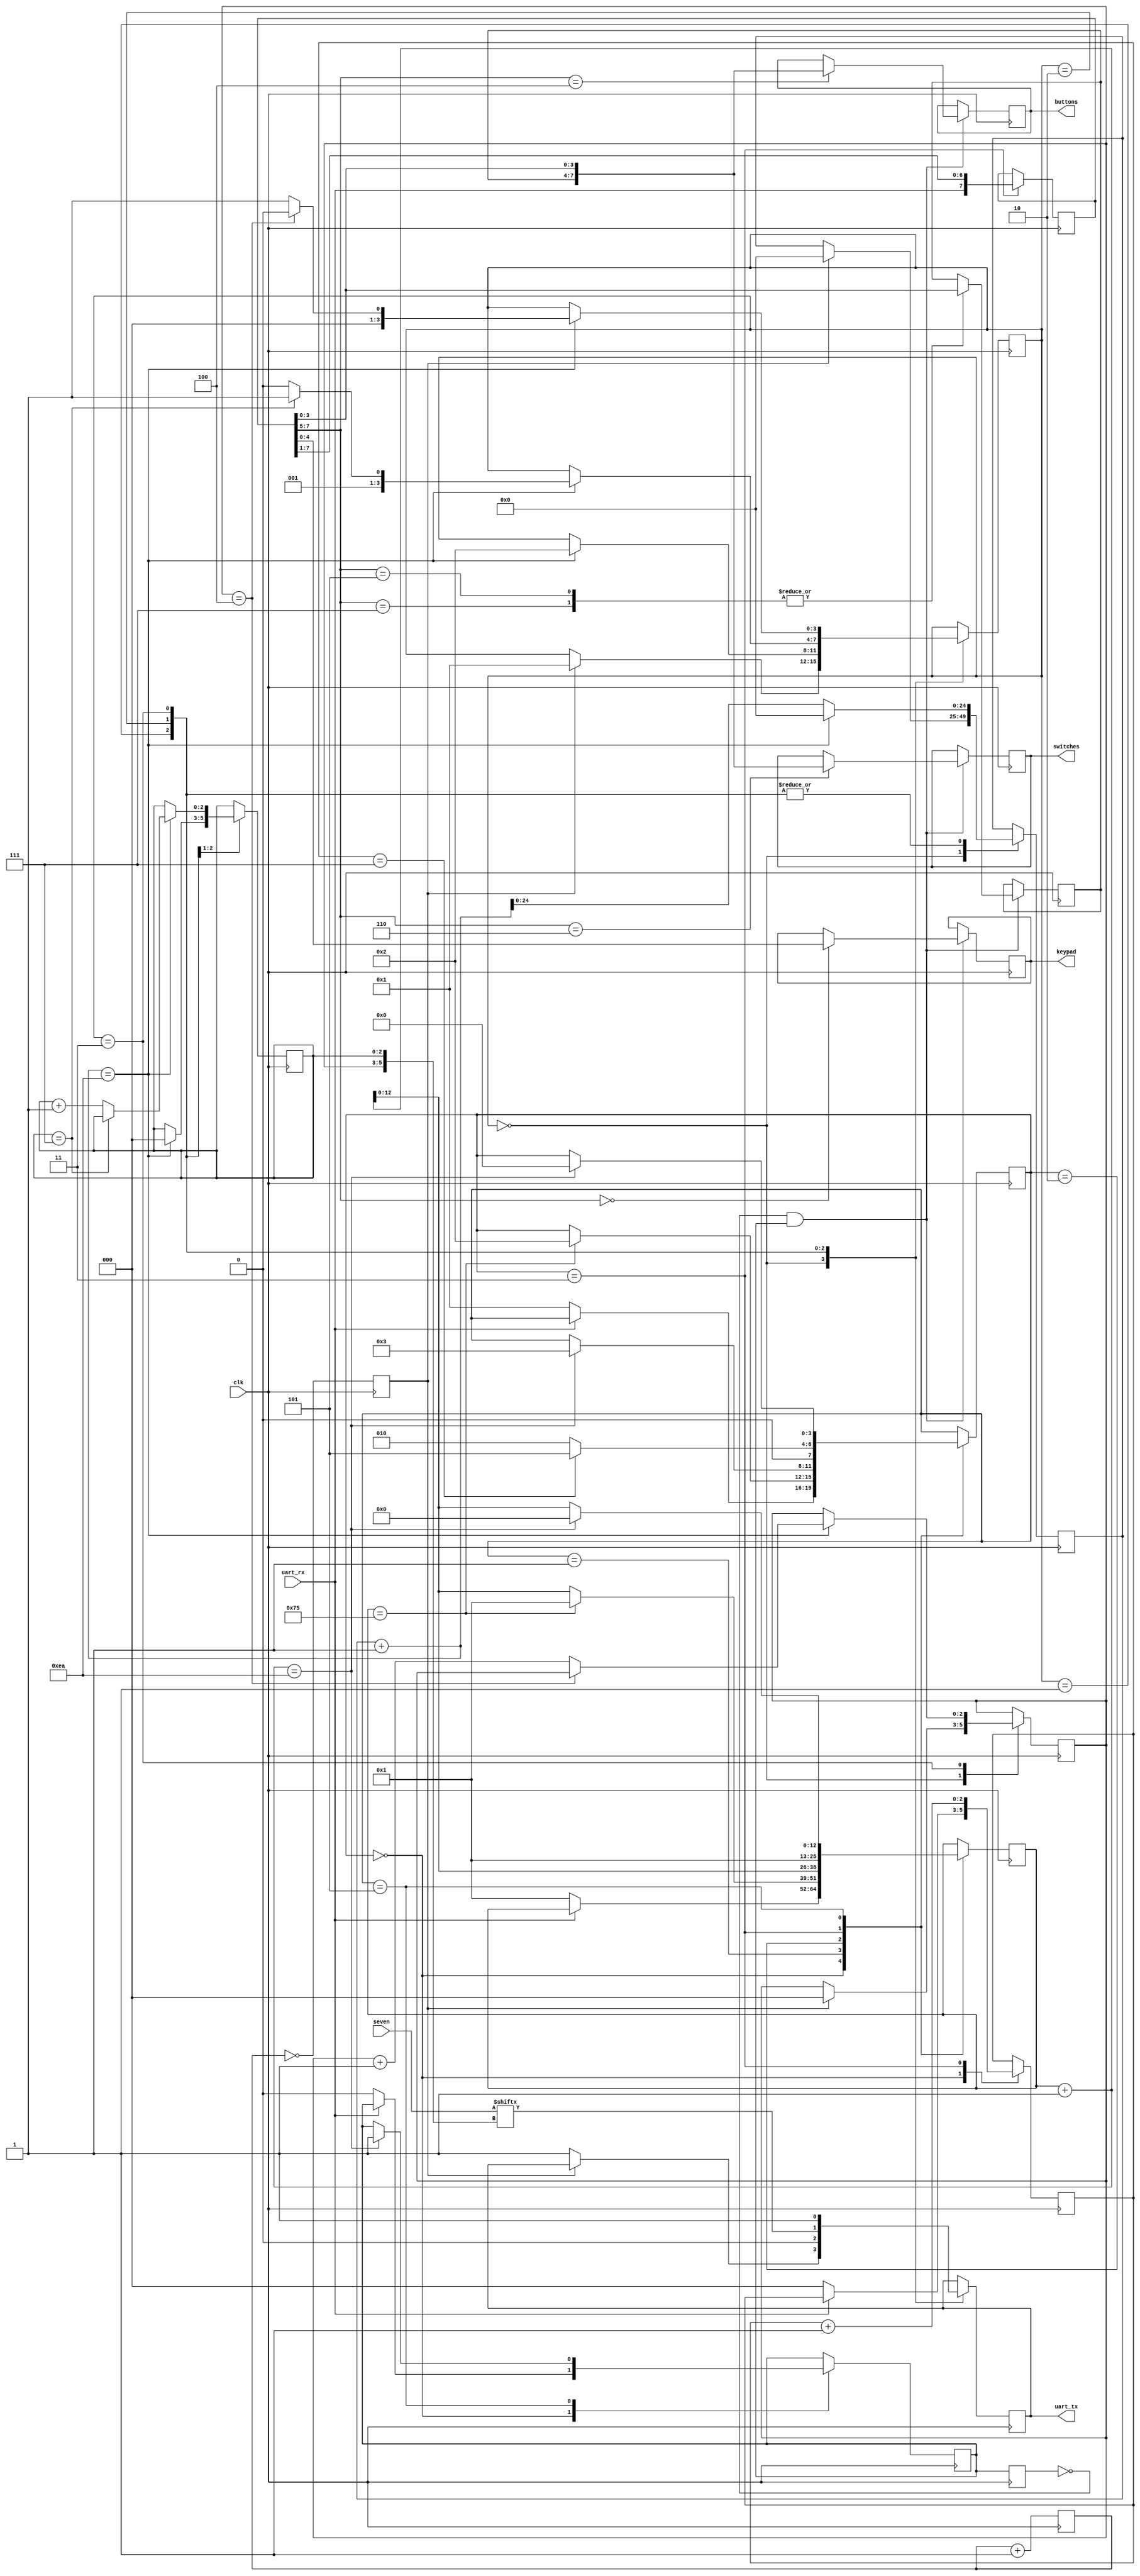
module uart
#(
    parameter DELAY_FRAMES = 234 // 27,000,000 (27Mhz) / 115200 Baud rate
)
(
    input clk,
    input uart_rx,
    output uart_tx,
    output reg [7:0] switches,
    output reg [7:0] buttons,
    output reg [4:0] keypad,
    input [39:0] seven   
    //input btn1
);

localparam HALF_DELAY_WAIT = (DELAY_FRAMES / 2);

reg [3:0] rxState = 0;
reg [12:0] rxCounter = 0;
reg [7:0] dataIn = 0;
reg [2:0] rxBitNumber = 0;
reg byteReady = 0;

reg [3:0] buffer = 0;

reg [20:0] xmitCNT = 0;	// 27e6/(2^21) = 12.9 Hz data XMIT frequency
reg startXMIT = 1;

localparam RX_STATE_IDLE = 0;
localparam RX_STATE_START_BIT = 1;
localparam RX_STATE_READ_WAIT = 2;
localparam RX_STATE_READ = 3;
localparam RX_STATE_STOP_BIT = 5;

always @(posedge clk) begin
	xmitCNT <= xmitCNT+1;
	startXMIT = (xmitCNT==0);
end

always @(posedge clk) begin
    case (rxState)
        RX_STATE_IDLE: begin
            if (uart_rx == 0) begin
                rxState <= RX_STATE_START_BIT;
                rxCounter <= 1;
                rxBitNumber <= 0;
                byteReady <= 0;
            end
        end 
        RX_STATE_START_BIT: begin
            if (rxCounter == HALF_DELAY_WAIT) begin
                rxState <= RX_STATE_READ_WAIT;
                rxCounter <= 1;
            end else 
                rxCounter <= rxCounter + 1;
        end
        RX_STATE_READ_WAIT: begin
            rxCounter <= rxCounter + 1;
            if ((rxCounter + 1) == DELAY_FRAMES) begin
                rxState <= RX_STATE_READ;
            end
        end
        RX_STATE_READ: begin
            rxCounter <= 1;
            dataIn <= {uart_rx, dataIn[7:1]};
            rxBitNumber <= rxBitNumber + 1;
            if (rxBitNumber == 3'b111)
                rxState <= RX_STATE_STOP_BIT;
            else
                rxState <= RX_STATE_READ_WAIT;
        end
        RX_STATE_STOP_BIT: begin
            rxCounter <= rxCounter + 1;
            if ((rxCounter + 1) == DELAY_FRAMES) begin
                rxState <= RX_STATE_IDLE;
                rxCounter <= 0;
                byteReady <= 1;
            end
        end
    endcase
end

wire byteReceived;
reg prevByteReady;
always @(posedge clk) begin
	prevByteReady <= byteReady;
end
assign byteReceived = (prevByteReady==0)&(byteReady==1);

wire [2:0] msgID;
assign msgID = dataIn[7:5];
	
always @(posedge clk) begin
	if (byteReceived) begin
	case (msgID)
	3'b111 : buffer   <= dataIn[3:0];
	3'b110 : switches <= {buffer, dataIn[3:0]};
	3'b101 : buffer   <= dataIn[3:0];
	3'b100 : buttons  <= {buffer, dataIn[3:0]};
	3'b000 : keypad   <= dataIn[4:0];
	endcase
	end
end

reg [3:0] txState = 0;
reg [24:0] txCounter = 0;
reg [7:0] dataOut = 0;
reg txPinRegister = 1;
reg [2:0] txBitNumber = 0;
reg [2:0] txByteCounter = 0;

assign uart_tx = txPinRegister;

localparam TX_STATE_IDLE = 0;
localparam TX_STATE_START_BIT = 1;
localparam TX_STATE_WRITE = 2;
localparam TX_STATE_STOP_BIT = 3;

always @(posedge clk) begin
    case (txState)
        TX_STATE_IDLE: begin
            if (startXMIT == 1) begin
            	//startXMIT <= 0;
                txState <= TX_STATE_START_BIT;
                txCounter <= 0;
                txByteCounter <= 0;
            end
            else begin
                txPinRegister <= 1;
            end
        end 
        TX_STATE_START_BIT: begin
            txPinRegister <= 0;
            if ((txCounter + 1) == DELAY_FRAMES) begin
                txState <= TX_STATE_WRITE;
                //dataOut <= testMemory[txByteCounter];
                txBitNumber <= 0;
                txCounter <= 0;
            end else 
                txCounter <= txCounter + 1;
        end
        TX_STATE_WRITE: begin
            //txPinRegister <= dataOut[txBitNumber];
            txPinRegister <=  seven[{txByteCounter, txBitNumber}];
            if ((txCounter + 1) == DELAY_FRAMES) begin
                if (txBitNumber == 3'b111) begin
                    txState <= TX_STATE_STOP_BIT;
                end else begin
                    txState <= TX_STATE_WRITE;
                    txBitNumber <= txBitNumber + 1;
                end
                txCounter <= 0;
            end else 
                txCounter <= txCounter + 1;
        end
        TX_STATE_STOP_BIT: begin
            txPinRegister <= 1;
            if ((txCounter + 1) == DELAY_FRAMES) begin
                //if (txByteCounter == MEMORY_LENGTH - 1) begin   !!!!!!!!!!!!!!!!!!!!!!!!!!!!!
                if (txByteCounter == 4) begin
                    //txState <= TX_STATE_DEBOUNCE;
                    txState <= TX_STATE_IDLE;
                end else begin
                    txByteCounter <= txByteCounter + 1;
                    txState <= TX_STATE_START_BIT;
                end
                txCounter <= 0;
            end else 
                txCounter <= txCounter + 1;
        end
    endcase      
end
endmodule